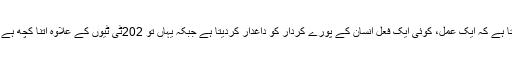
کردار بہت سے افعال واعمال کا مجموعہ ہوتا ہے لیکن کبھی کبھی یوں بھی ہوجاتا ہے کہ ایک عمل، کوئی ایک فعل انسان کے پورے کردار کو داغدار کردیتا ہے جبکہ یہاں تو 202ٹی ٹیوں کے علاوہ اتنا کچھ ہے کہ ’’ایک خاندان ہزار داستان ‘‘ کے عنوان سے کئی والیومز لکھے جا سکتے ہیں۔